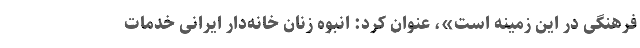
فرهنگی در این زمینه است»، عنوان کرد: انبوه زنان خانه‌دار ایرانی خدمات